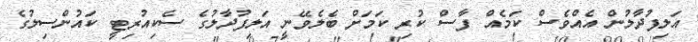
އަލިފުދާލުން އެއްވެސް ކަމެއް ފާސް ކުރި ކަމަށް ބެލެވޭނީ އަލިފުދާލުގެ ސެކިއުރިޓީ ކައުންސިލުގެ